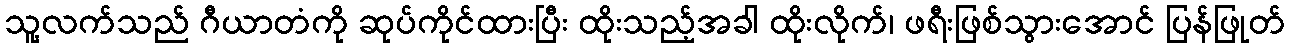
သူ့လက်သည် ဂီယာတံကို ဆုပ်ကိုင်ထားပြီး ထိုးသည့်အခါ ထိုးလိုက်၊ ဖရီးဖြစ်သွားအောင် ပြန်ဖြုတ်